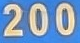
200